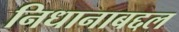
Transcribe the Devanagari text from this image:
निधानाबद्दल